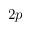
2 p